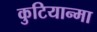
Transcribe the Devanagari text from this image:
कुटियान्मा